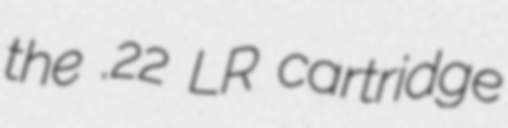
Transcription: the .22 LR cartridge